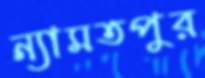
ন্যামতপুর